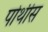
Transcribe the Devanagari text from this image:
पोथीस